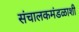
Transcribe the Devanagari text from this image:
संचालकमंडळाशी